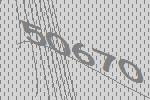
50670